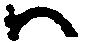
ハ